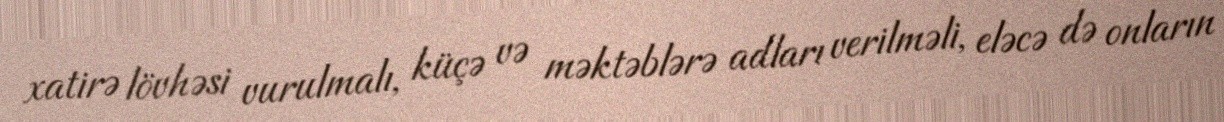
xatirə lövhəsi vurulmalı, küçə və məktəblərə adları verilməli, eləcə də onların